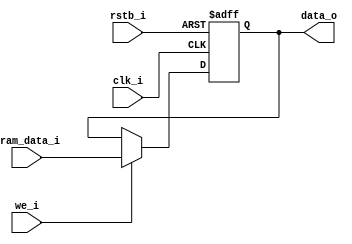
module regmap_cell_wr(
  //-----SRAM Interface-------
  clk_i,       // Clock Input
  rstb_i,      // Reset Input
  we_i,        // Write Enable
  sram_data_i, // Data Input
  //-----Analog/SRAM Output Interface-------
  data_o       // Data Output
);

parameter DATA_WIDTH = 16;
parameter RST_VAL    = 0;

//----------Input Ports-------------
// SRAM Interface
input                  clk_i;
input                  rstb_i;
input                  we_i;
input [DATA_WIDTH-1:0] sram_data_i;

//----------Output Ports-------------
// SRAM and Ananlog use common output data
output [DATA_WIDTH-1:0] data_o;

//----------Internal Variables-------------
reg  [DATA_WIDTH-1:0] cell_data_reg;

//----------Code Start Here-------------
assign data_o = cell_data_reg;

always @(posedge clk_i or negedge rstb_i) begin
  if (rstb_i == 1'b0) begin
    cell_data_reg <= RST_VAL;
  end
  else begin
    if (we_i == 1'b1) begin
      cell_data_reg <= sram_data_i;
    end
  end
end

endmodule